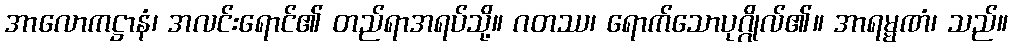
အာလောကဋ္ဌာနံ၊ အလင်းရောင်၏ တည်ရာအရပ်သို့။ ဂတဿ၊ ရောက်သောပုဂ္ဂိုလ်၏။ အာရမ္မဏံ၊ သည်။